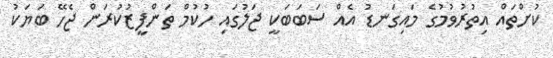
ކުށްތައް އިތުރުވުމުގެ މައިގަނޑު އެއް ސަބަބަކީ ޖަލުގައި ހުކުމް ތަންފީޒުކުރަން ޖެހޭ ބަޔަކު